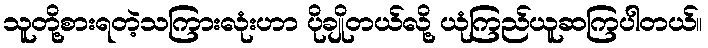
သူတို့စားရတဲ့သကြားလုံးဟာ ပိုချိုတယ်လို့ ယုံကြည်ယူဆကြပါတယ်။